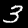
Label: 3